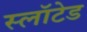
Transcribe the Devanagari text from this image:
स्लॉटेड